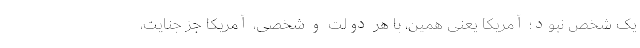
یک شخص نبود؛ آمریکا یعنی همین، با هر دولت و شخصی، آمریکا جز جنایت،